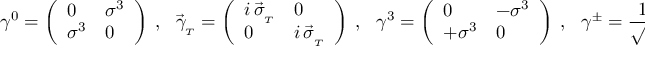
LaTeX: \gamma ^ { 0 } = \left( \begin{array} { l l } { { 0 } } & { { \sigma ^ { 3 } } } \\ { { \sigma ^ { 3 } } } & { { 0 } } \end{array} \right) \ , \ \ \ \vec { \gamma } _ { _ T } = \left( \begin{array} { l l } { { i \, \vec { \sigma } _ { _ T } } } & { { 0 } } \\ { { 0 } } & { { i \, \vec { \sigma } _ { _ T } } } \end{array} \right) \ , \ \ \ \gamma ^ { 3 } = \left( \begin{array} { l l } { { 0 } } & { { - \sigma ^ { 3 } } } \\ { { + \sigma ^ { 3 } } } & { { 0 } } \end{array} \right) \ , \ \ \ \gamma ^ { \pm } = \frac { 1 } { \sqrt { 2 } } \, ( \gamma ^ { 0 } \pm \gamma ^ { 3 } ) \ .